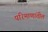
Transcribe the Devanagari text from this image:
परिमाणांतील